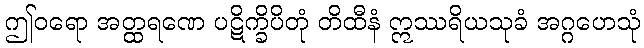
ဤဝရော အတ္ထရဏေ ပဋိက္ခိပိတုံ တိထီနံ ဣဿရိယသုခံ အဂ္ဂဟေသုံ